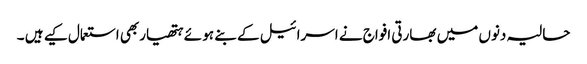
حالیہ دنوں میں بھارتی افواج نے اسرائیل کے بنے ہو ئے ہتھیاربھی استعمال کیے ہیں ۔